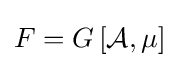
F=G\left[{\mathcal {A}},\mu \right]